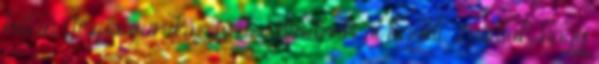
hittan Jézus van középen. Mindenki őt figyeli. Látjátok, hogy